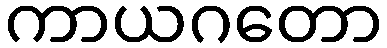
ကာယဂတော